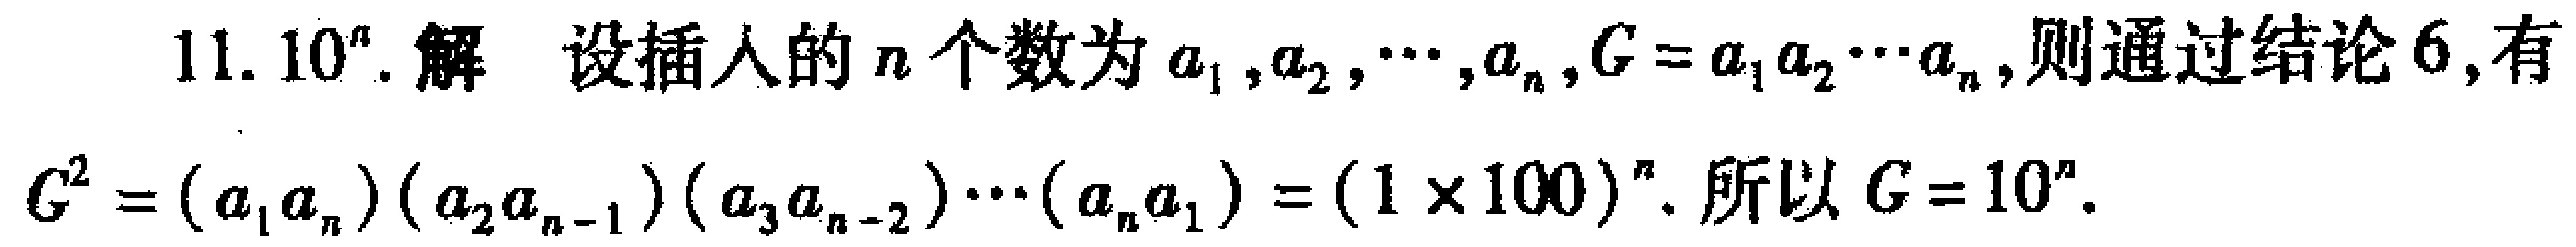
11. \(10^{n}\). 解 设插入的\(n\)个数为\(a_{1},a_{2},\cdots,a_{n},G = a_{1}a_{2}\cdots a_{n}\),则通过结论6,有\(G^{2}=(a_{1}a_{n})(a_{2}a_{n - 1})(a_{3}a_{n - 2})\cdots(a_{n}a_{1})=(1\times100)^{n}\). 所以\(G = 10^{n}\).